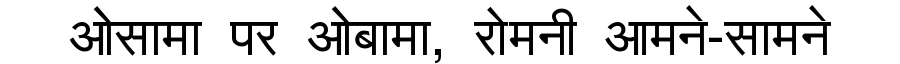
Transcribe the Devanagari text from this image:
ओसामा पर ओबामा, रोमनी आमने-सामने